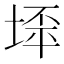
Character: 𱗍